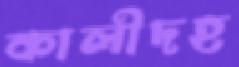
কালীদহ